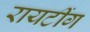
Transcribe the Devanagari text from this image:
रायटींग